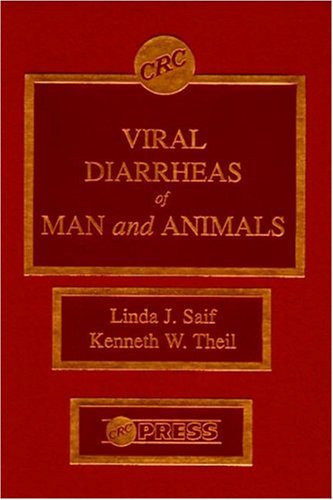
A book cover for Viral Diarrheas of Man and Animals; Linda J. Saif; Medical Books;